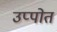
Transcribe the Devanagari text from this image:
उप्पोत